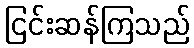
ငြင်းဆန်ကြသည်